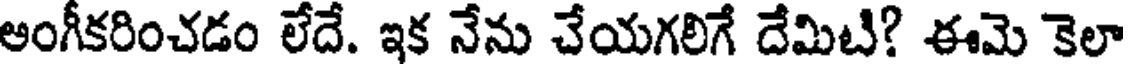
అంగీకరించడం లేదే. ఇక నేను చేయగలిగే దేమిటి? ఈమె కెలా